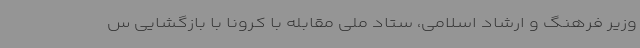
وزیر فرهنگ و ارشاد اسلامی، ستاد ملی مقابله با کرونا با بازگشایی س